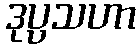
ဒုပ္ပသဟာ